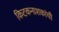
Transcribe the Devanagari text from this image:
किटकनाशकांची